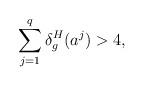
LaTeX: \begin{align*} \sum_{j=1}^q\delta^H_g(a^j) > 4,\end{align*}